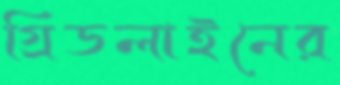
গ্রিডলাইনের